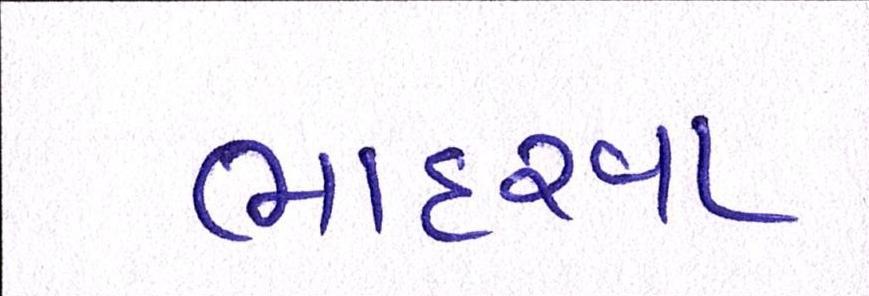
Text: ભાદરવા